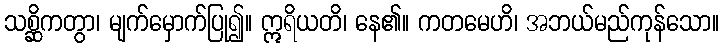
သစ္ဆိကတွာ၊ မျက်မှောက်ပြု၍။ ဣရိယတိ၊ နေ၏။ ကတမေဟိ၊ အဘယ်မည်ကုန်သော။